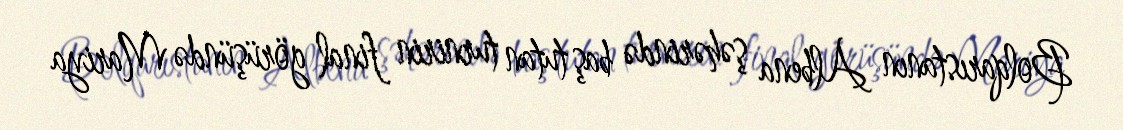
Bolqarıstanın Albena şəhərində baş tutan turnirin final görüşündə Mariya